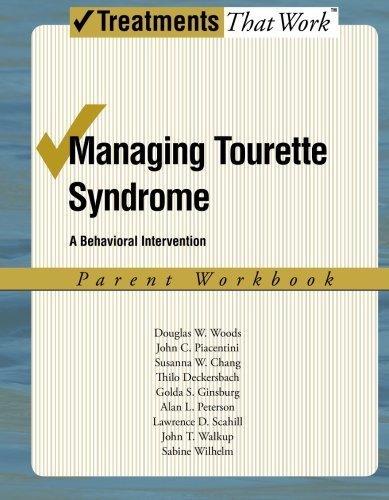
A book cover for Managing Tourette Syndrome: A Behavioral Intervention Parent Workbook (Treatments That Work) by Woods, Douglas W, Piacentini, John, Chang, Susanna, Deckersb (2008) Paperback; Douglas W, Piacentini, John, Chang, Susanna, Deckersb Woods; Health, Fitness & Dieting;